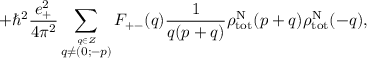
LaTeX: + { \hbar } ^ { 2 } \frac { e _ { + } ^ { 2 } } { 4 { \pi } ^ { 2 } } \sum _ { \stackrel { q \in \cal Z } { q \neq ( 0 ; - p ) } } { \cal F } _ { + - } ( q ) \frac { 1 } { q ( p + q ) } { \rho } _ { \mathrm { t o t } } ^ { \mathrm { N } } ( p + q ) { \rho } _ { \mathrm { t o t } } ^ { \mathrm { N } } ( - q ) ,